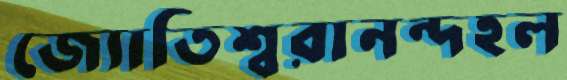
জ্যোতিশ্বরানন্দহল